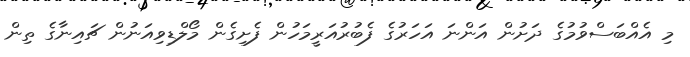
މި އެއްބަސްވުމުގެ ދަށުން އަންނަ އަހަރުގެ ފެބުރުއަރީމަހުން ފެށިގެން މޯލްޑިވިއަނުން ޗައިނާގެ ތިން